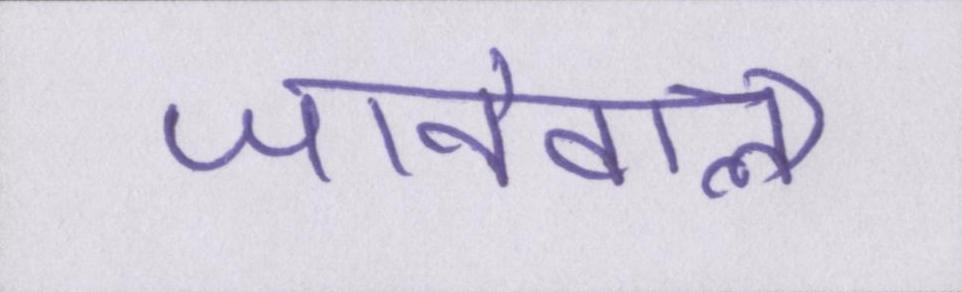
जानेवाला